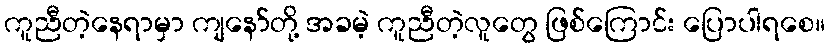
ကူညီတဲ့နေရာမှာ ကျနော်တို့ အခမဲ့ ကူညီတဲ့လူတွေ ဖြစ်ကြောင်း ပြောပါရစေ။